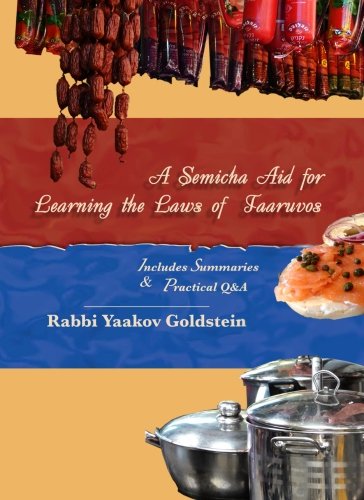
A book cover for A Semicha Aid for Learning the Laws of Taaruvos (Semicha Aids); Rabbi  Yaakov Goldstein; Religion & Spirituality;